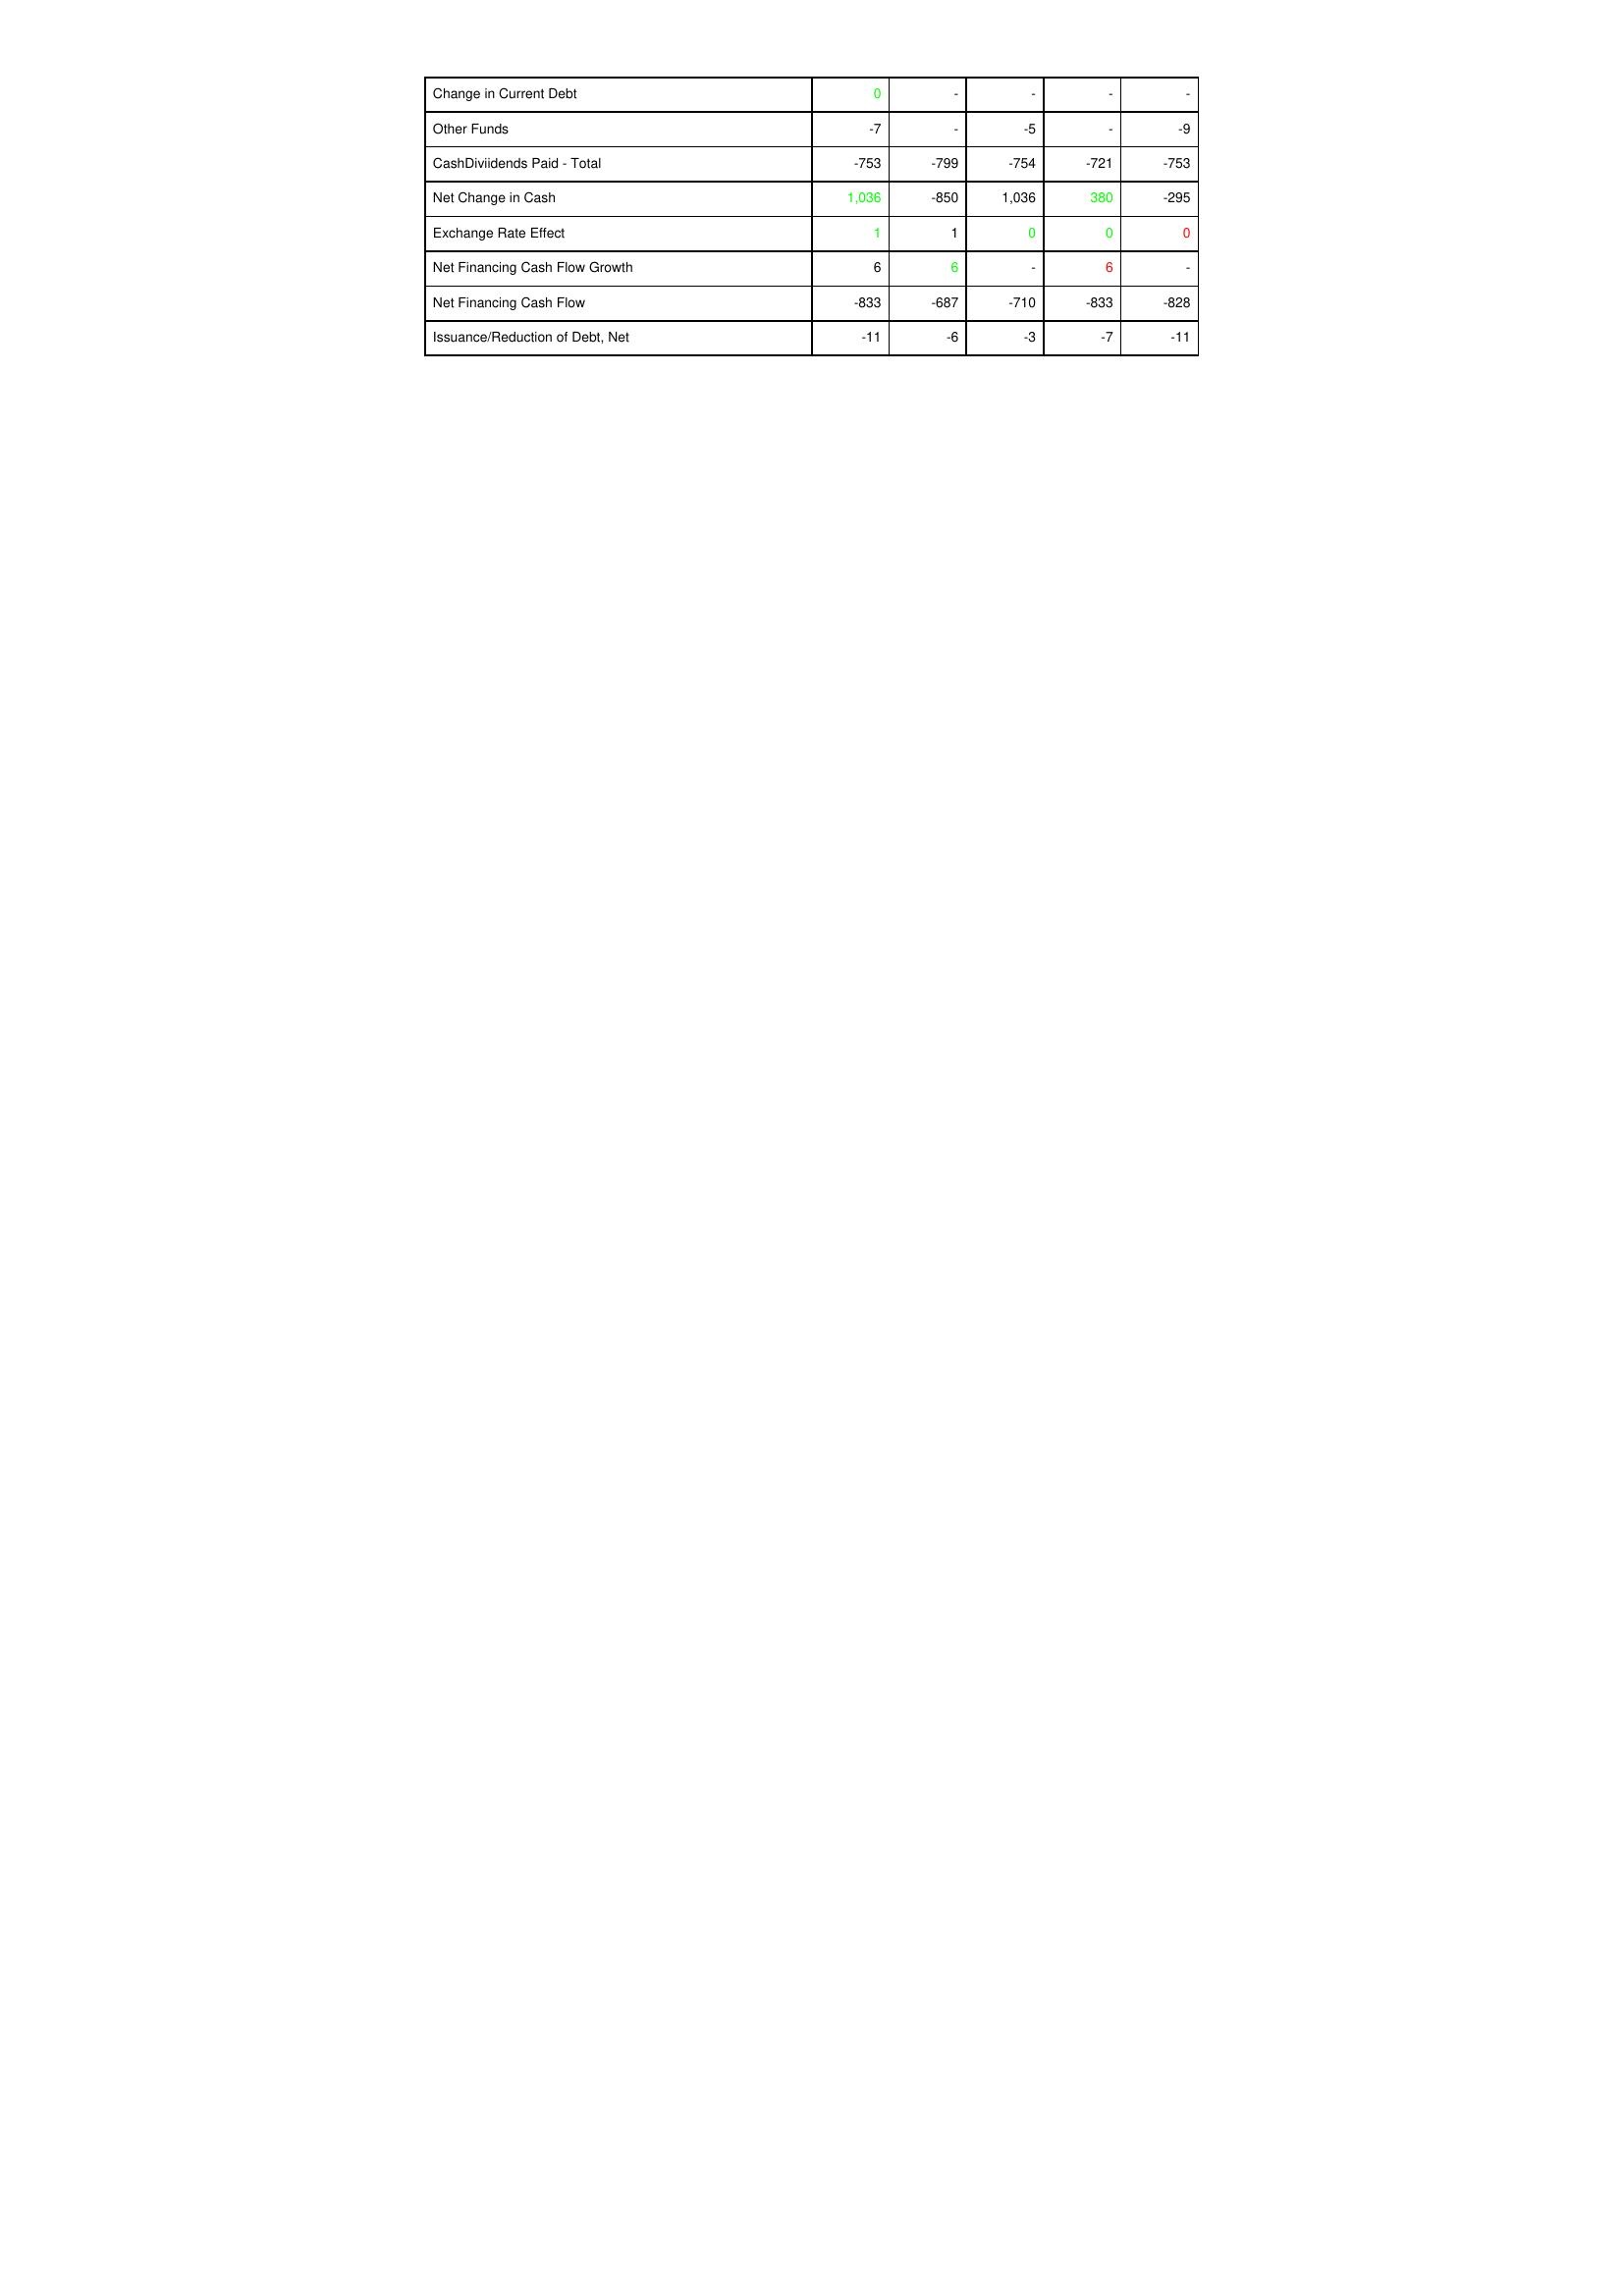
gt_parse: 2007: Financing Activities: Change in Current Debt: 0
Other Funds: -7
CashDiviidends Paid - Total: -753
Net Change in Cash: 1,036
Exchange Rate Effect: 1
Net Financing Cash Flow Growth: 6
Net Financing Cash Flow: -833
Issuance/Reduction of Debt, Net: -11
2006: Financing Activities: Change in Current Debt: -
Other Funds: -
CashDiviidends Paid - Total: -799
Net Change in Cash: -850
Exchange Rate Effect: 1
Net Financing Cash Flow Growth: 6
Net Financing Cash Flow: -687
Issuance/Reduction of Debt, Net: -6
2005: Financing Activities: Change in Current Debt: -
Other Funds: -5
CashDiviidends Paid - Total: -754
Net Change in Cash: 1,036
Exchange Rate Effect: 0
Net Financing Cash Flow Growth: -
Net Financing Cash Flow: -710
Issuance/Reduction of Debt, Net: -3
2004: Financing Activities: Change in Current Debt: -
Other Funds: -
CashDiviidends Paid - Total: -721
Net Change in Cash: 380
Exchange Rate Effect: 0
Net Financing Cash Flow Growth: 6
Net Financing Cash Flow: -833
Issuance/Reduction of Debt, Net: -7
2003: Financing Activities: Change in Current Debt: -
Other Funds: -9
CashDiviidends Paid - Total: -753
Net Change in Cash: -295
Exchange Rate Effect: 0
Net Financing Cash Flow Growth: -
Net Financing Cash Flow: -828
Issuance/Reduction of Debt, Net: -11